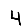
Digit: 4